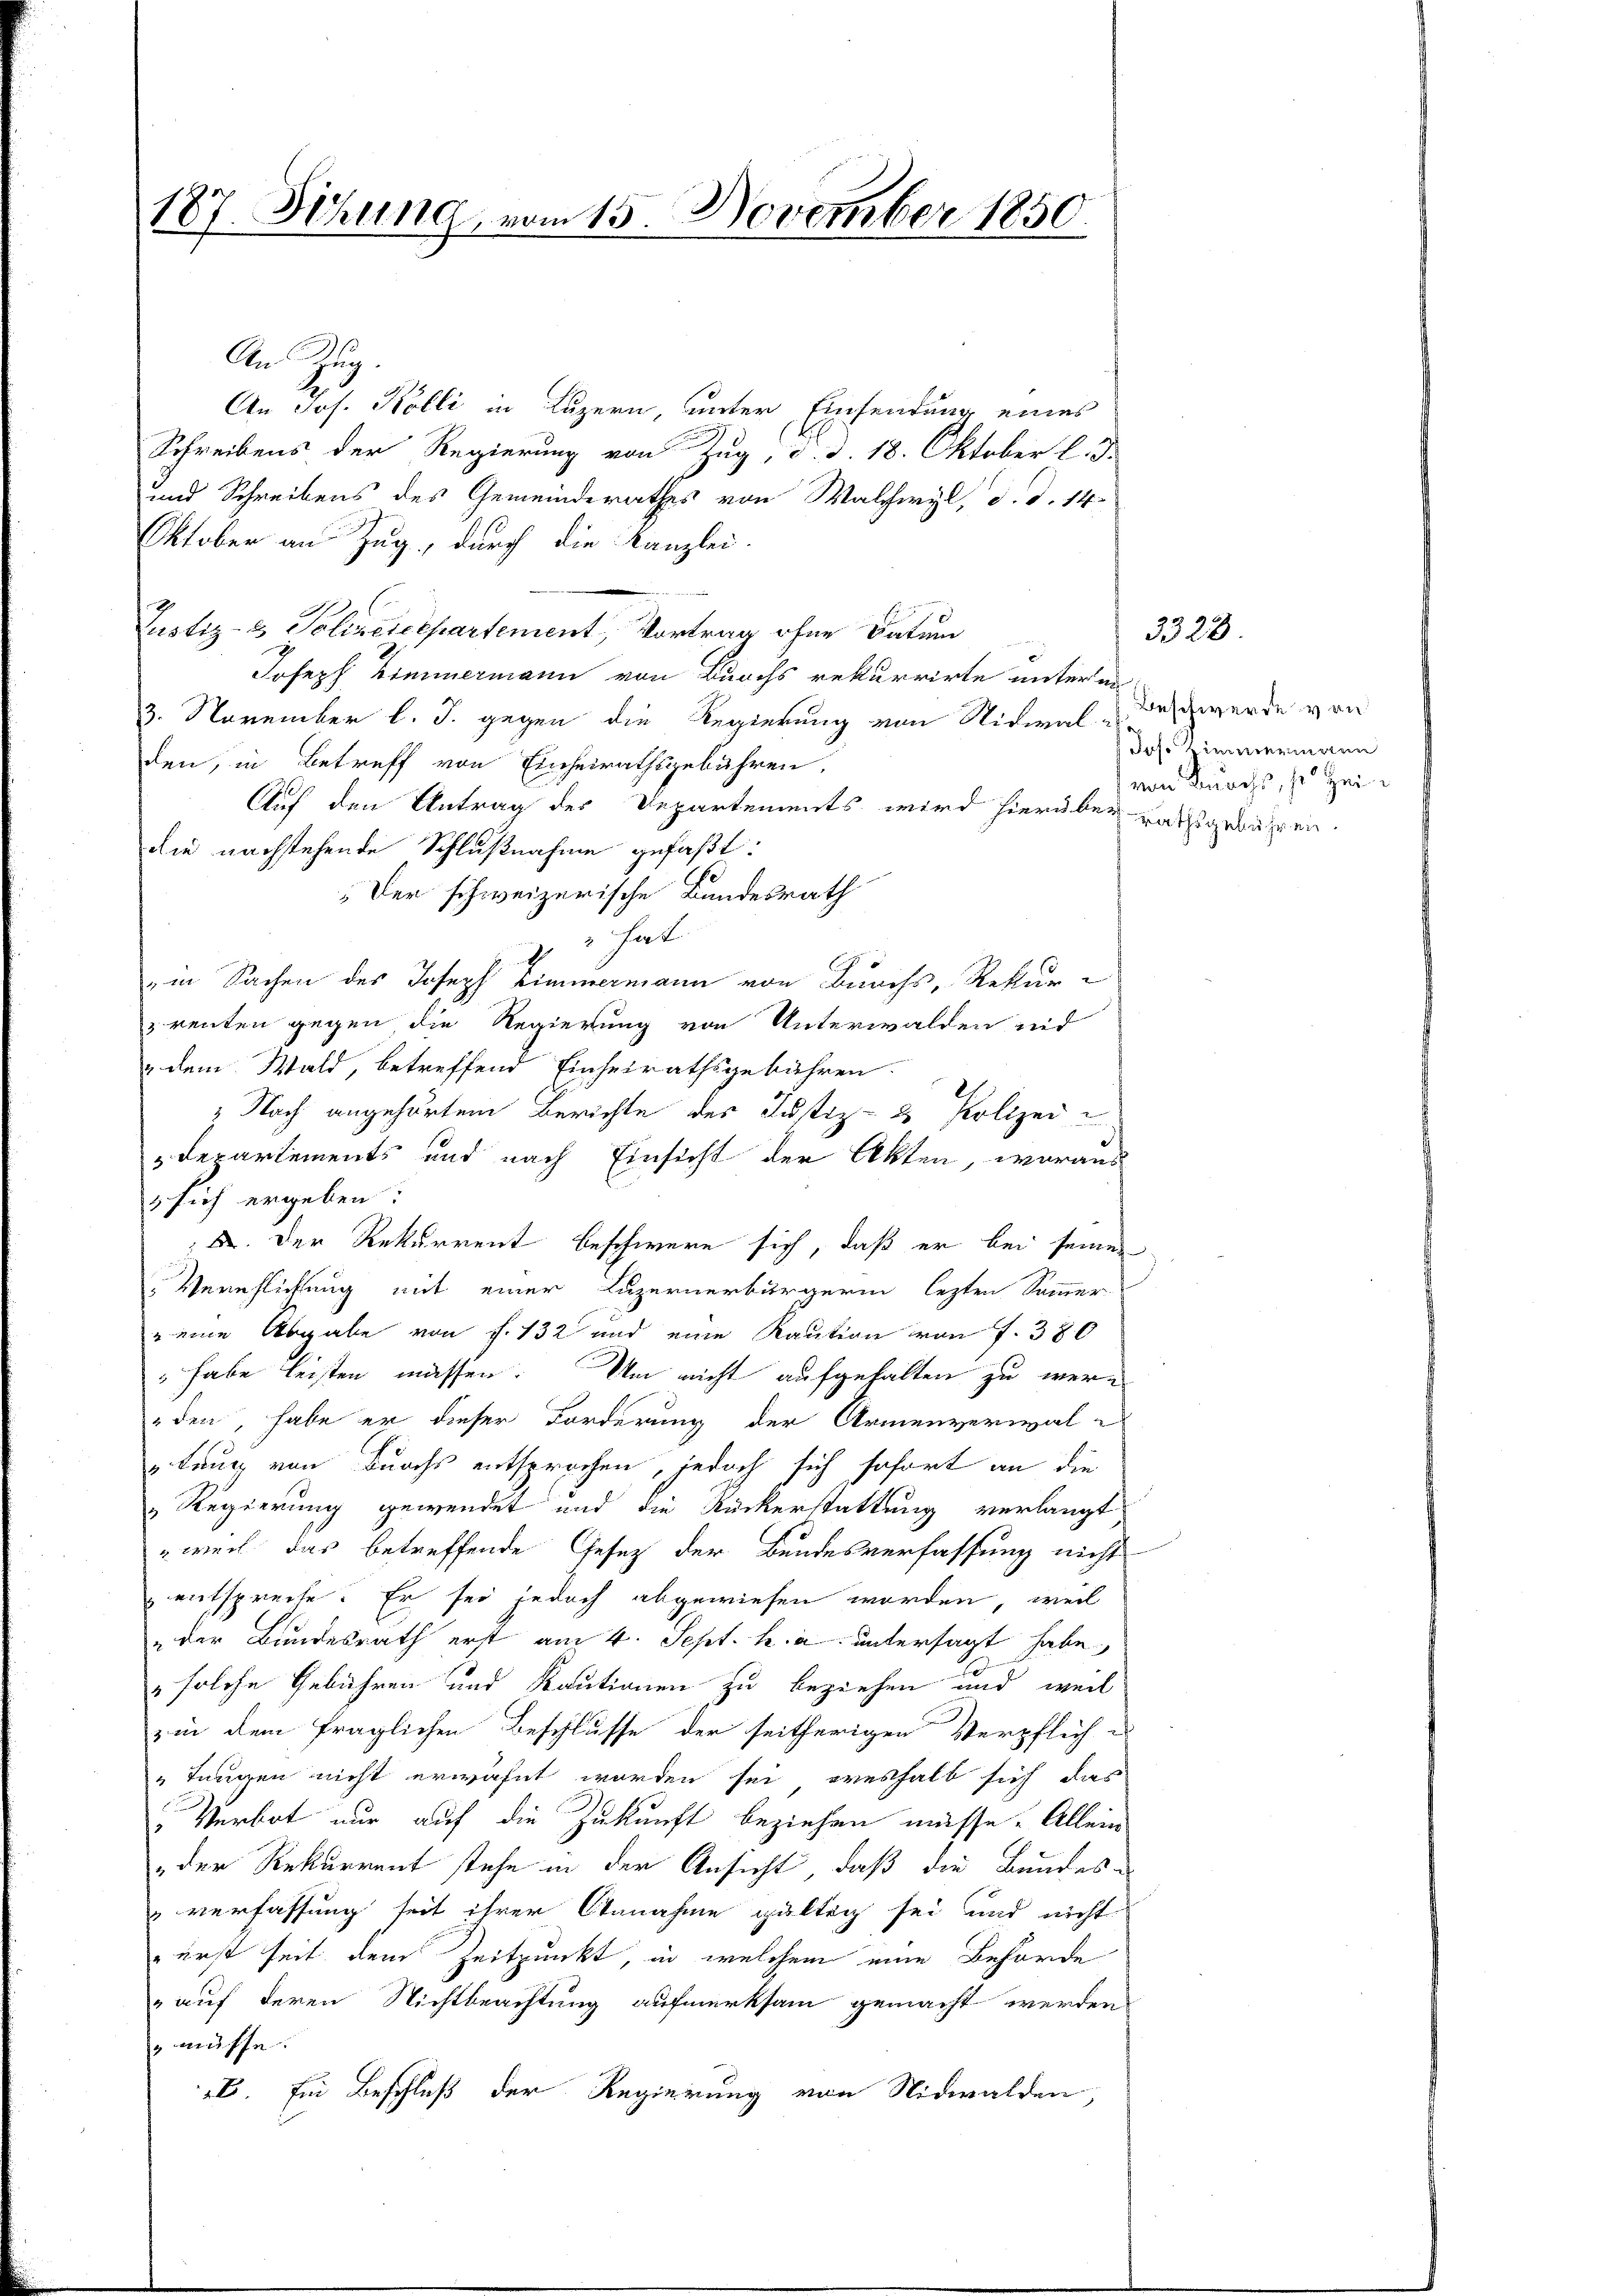
187. Sitzung vom 15. November 1850.

An Zug.
An Jos. Kölli in Luzern, unter Einsendung eines
Schreibens der Regierung von Zug, d. d. 18. Oktober l. J.
und Schreibens des Gemeinderathes von Walchwyl, d. d. 14
Oktober an Zug, durch die Kanzlei-
Justiz- & Polizeidepartement, Vortrag ohne Datum
Joseph Zimmermann von Burchs rekurrirte unter un
3. November l. J. gegen die Regierung von Niemal-Beschwerde von
den, in Betreff von Einheirathsgebühren,
Auf den Antrag der Departements wird hierüber ratsgewähren.
die nachstehende Schlußnahme gefaßt:
Der schweizerische Bundesrath
hat
I
in Sachen des Joseph Zimmermann von Burchs, Rekurrenten gegen die Regierung von Unterwalden und
dem Wald, betreffend Einheirathsgebühren.
 Nach angehörtem Berichte des Justiz- & Polizei u
Departements und nach Einsicht der Akten, woraus
 sich ergeben:
; 2. Der Rekurrent beschwere sich, daß er bei seiner
Verehlichung mit einer Luzernerbürgerin lezten Sammer
" eine Abgabe von f. 132 und eine Kaution von f. 380
 habe leisten müssen. Um nicht aufgehalten zu werden, habe er dieser Forderung der Armenverwal-
utung von Burchs entsprochen, jedoch sich sofort an die
Regierung gewendet und die Rückerstattung verlangt
weil das betreffende Gesez der Bundesverfassung nicht
entspreche. Er sei jedoch abgewiesen worden, weil
der Bundesrath erst am 4. Sept. h. a. untersagt habe.
" solche Gebühren und Kautionen zu beziehen und weil
zin dem fraglichen Beschlusse der seitherigen Verpflich e
„Teueren nicht erwähnt worden sei, weshalb sich das
Verbot nur auf die Zukunft beziehen müsse. Allein
der Rekurrent stehe in der Ansicht, daß die Bundes-
verfassung seit ihrer Annahme gültig sei und nicht
 erst seit dem Zeitpunkt, in welchem eine Behörde
„auf deren Nichtbeachtung aufmerksam gemacht werden
 müsse.
b. Ein Beschluß der Regierung von Nidwalden,

das Zimmermann
von Burchs, so zei¬

3328